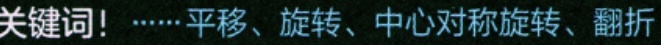
关键词！……平移、旋转、中心对称旋转、翻折